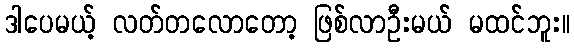
ဒါပေမယ့် လတ်တလောတော့ ဖြစ်လာဦးမယ် မထင်ဘူး။